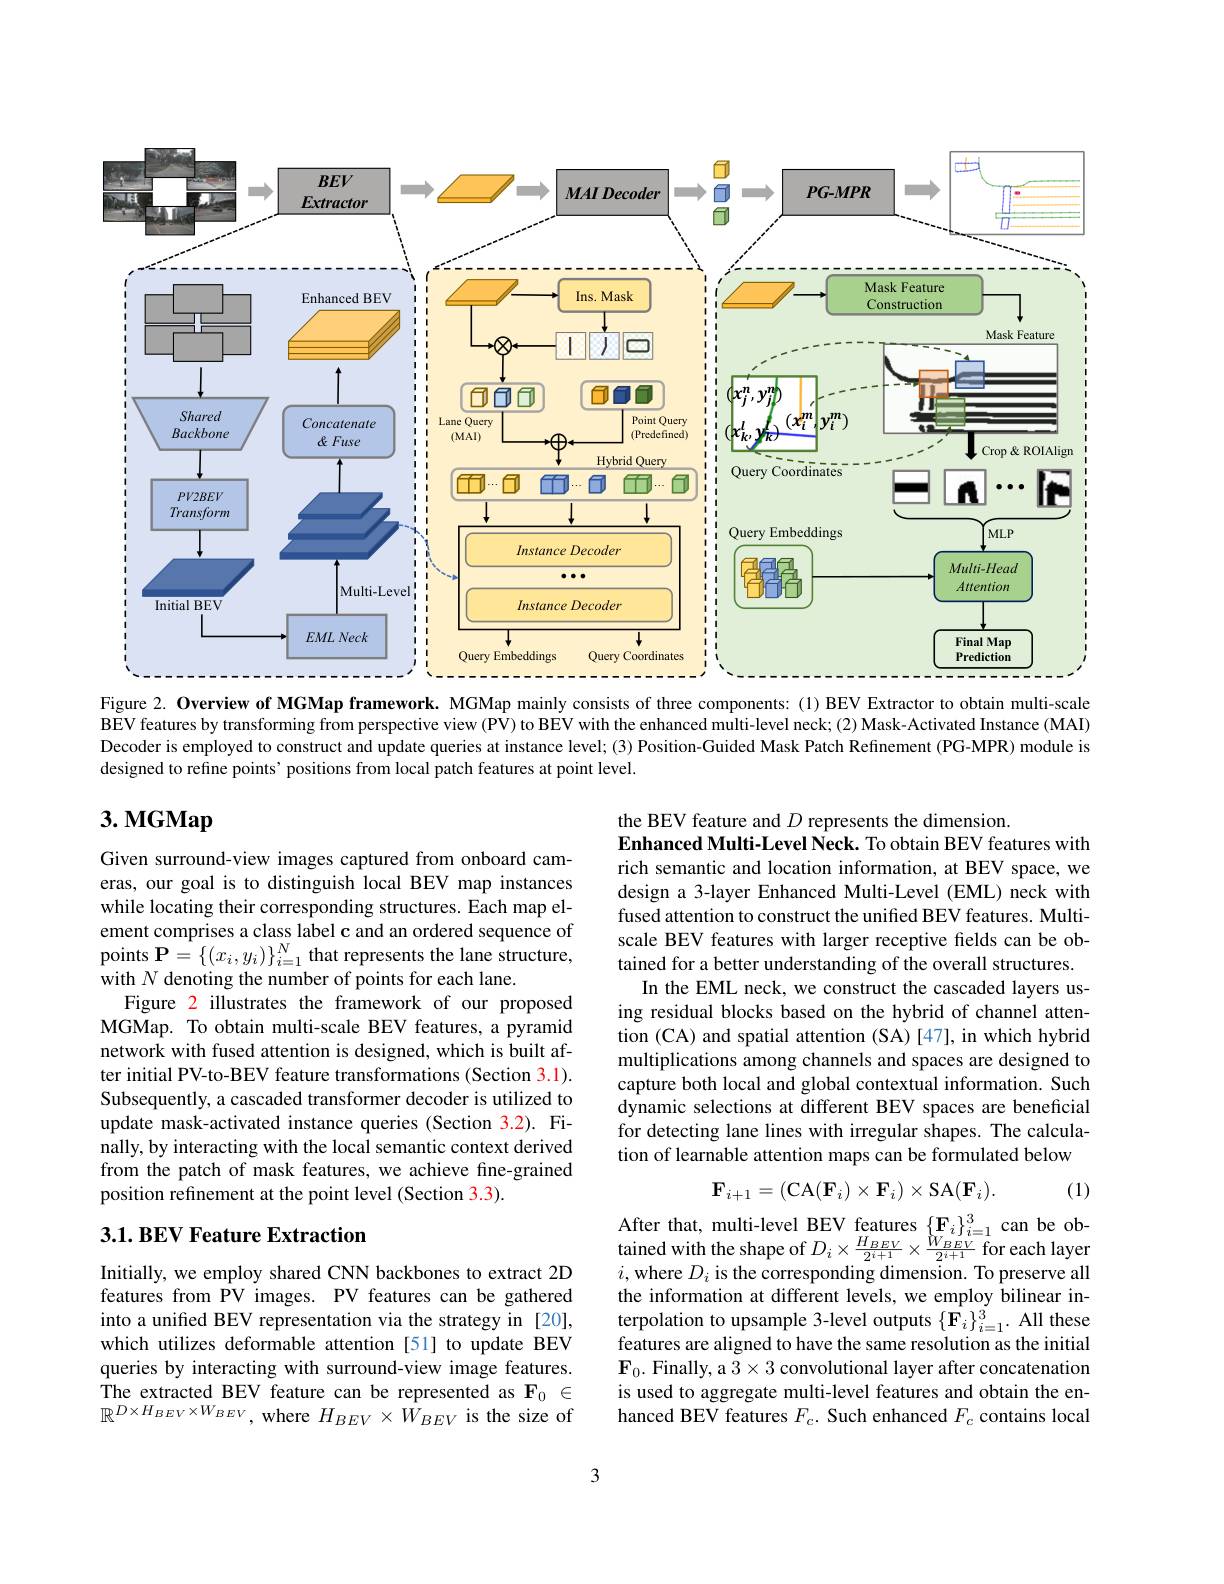
<FigureHere>

Figure 2. Overview of MGMap framework. MGMap mainly consists of three components: (1) BEV Extractor to obtain multi-scale

BEV features by transforming from perspective view (PV) to BEV with the enhanced multi-level neck; (2) Mask-Activated Instance (MAI) Decoder is employed to construct and update queries at instance level; (3) Position-Guided Mask Patch Refinement (PG-MPR) module is designed to refine points' positions from local patch features at point level.

# 3. MGMap

the BEV feature and $D$ represents the dimension
Enhanced Multi-Level Neck. To obtain BEV features with rich semantic and location information, at BEV space, we design a 3-layer Enhanced Multi-Level (EML) neck with fused attention to construct the unified BEV features. Multiscale BEV features with larger receptive fields can be obtained for a better understanding of the overall structures.
In the EML neck, we construct the cascaded layers using residual blocks based on the hybrid of channel attention (CA) and spatial attention (SA)[47], in which hybrid multiplications among channels and spaces are designed to capture both local and global contextual information. Such dynamic selections at different BEV spaces are beneficial for detecting lane lines with irregular shapes. The calculation of learnable attention maps can be formulated below

Given surround-view images captured from onboard cameras, our goal is to distinguish local BEV map instances while locating their corresponding structures. Each map element comprises a class label c and an ordered sequence of points $\mathbf{P}=\{(x_{i},y_{i})\}_{i=1}^{N}$ that represents the lane structure, with $N$ denoting the number of points for each lane.
Figure 2 illustrates the framework of our proposed MGMap. To obtain multi-scale BEV features, a pyramid network with fused attention is designed, which is built after initial PV-to-BEV feature transformations (Section 3.1). Subsequently, a cascaded transformer decoder is utilized to update mask-activated instance queries (Section 3.2). Finally, by interacting with the local semantic context derived from the patch of mask features, we achieve fine-grained position refinement at the point level (Section 3.3).
$$\mathbf{F}_{i+1}=(\mathrm{CA}(\mathbf{F}_{i})\times\mathbf{F}_{i})\times\mathrm{SA}(\mathbf{F}_{i}).$$
(1)

## 3.1. BEV Feature Extraction

After that, multi-level BEV features $\{\mathbf{F}_i\}_{i=1}^3$ can be obtained with the shape of $D_i\times\frac{H_{BEV}}{2^{i+1}}\times\frac{\grave{W}_{BEV}}{2^{i+1}}$ for each layer $i$,where $D_i$ is the corresponding dimension. To preserve all the information at different levels, we employ bilinear interpolation to upsample 3-level outputs $\{\mathbf{F}_{i}\}_{i=1}^{3}.$ All these features are aligned to have the same resolution as the initial $\mathbf{F}_0.$ Finally, a $3\times3$ convolutional layer after concatenation is used to aggregate multi-level features and obtain the enhanced BEV features $F_c.$ Such enhanced $F_c$ contains local

Initially, we employ shared CNN backbones to extract 2D features from PV images. PV features can be gathered into a unified BEV representation via the strategy in [20], which utilizes deformable attention [51] to update BEV queries by interacting with surround-view image features. The extracted BEV feature can be represented as $\mathbf{F}_0\in$ $\mathbb{R}^{D\times H_{BEV}\times W_{BEV}}$, where $H_BEV\times W_{BEV}$ is the size of

3